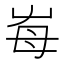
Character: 𡴋